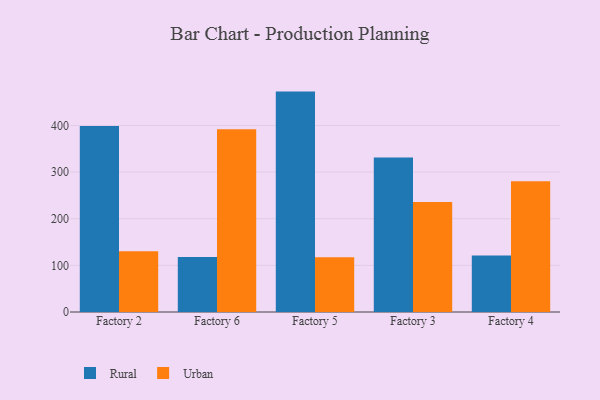
{"axis": {"x": "Factory", "y": "Tickets Resolved"}, "legend": ["Rural", "Urban"], "data": [{"x": "Factory 2", "y": 399.1, "type": "Rural"}, {"x": "Factory 2", "y": 130.0, "type": "Urban"}, {"x": "Factory 6", "y": 117.8, "type": "Rural"}, {"x": "Factory 6", "y": 392.1, "type": "Urban"}, {"x": "Factory 5", "y": 472.6, "type": "Rural"}, {"x": "Factory 5", "y": 117.3, "type": "Urban"}, {"x": "Factory 3", "y": 331.4, "type": "Rural"}, {"x": "Factory 3", "y": 235.9, "type": "Urban"}, {"x": "Factory 4", "y": 120.9, "type": "Rural"}, {"x": "Factory 4", "y": 280.2, "type": "Urban"}]}